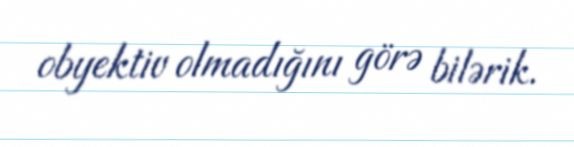
obyektiv olmadığını görə bilərik.